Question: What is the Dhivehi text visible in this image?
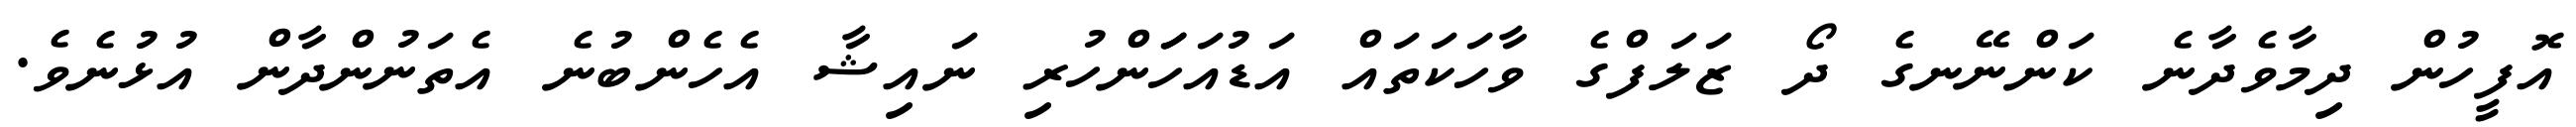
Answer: އޮފީހުން ދިމާވެދާނެ ކަންނޭނގެ ދޯ ޒަލަފްގެ ވާހަކަތައް އަޑުއަހަަންހުރި ނައިޝާ އެހެންބުނެ އެތަނުންދާން އުޅުނެވެ.